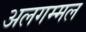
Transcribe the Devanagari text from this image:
अलगम्मल